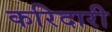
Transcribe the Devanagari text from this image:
करिदारी